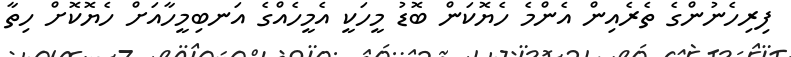
ފިރިހެނުންގެ ތެރެއިން އެންމެ ހެޔޮކަން ބޮޑު މީހަކީ އެމީހެއްގެ އަނބިމީހާއަށް ހެޔޮކޮށް ހިތާ